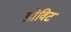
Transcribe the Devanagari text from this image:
डोविट